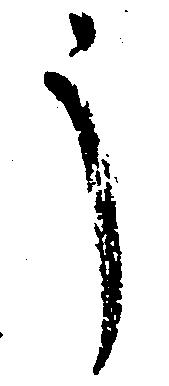
う